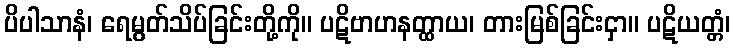
ပိပါသာနံ၊ ရေမွတ်သိပ်ခြင်းတို့ကို။ ပဋိဗာဟနတ္ထာယ၊ တားမြစ်ခြင်းငှာ။ ပဋိယတ္တံ၊